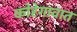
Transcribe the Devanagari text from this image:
कोरेगावात